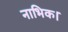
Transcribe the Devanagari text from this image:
नाभिक।